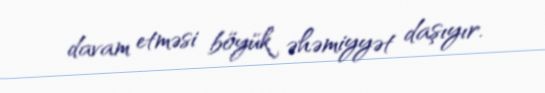
davam etməsi böyük əhəmiyyət daşıyır.